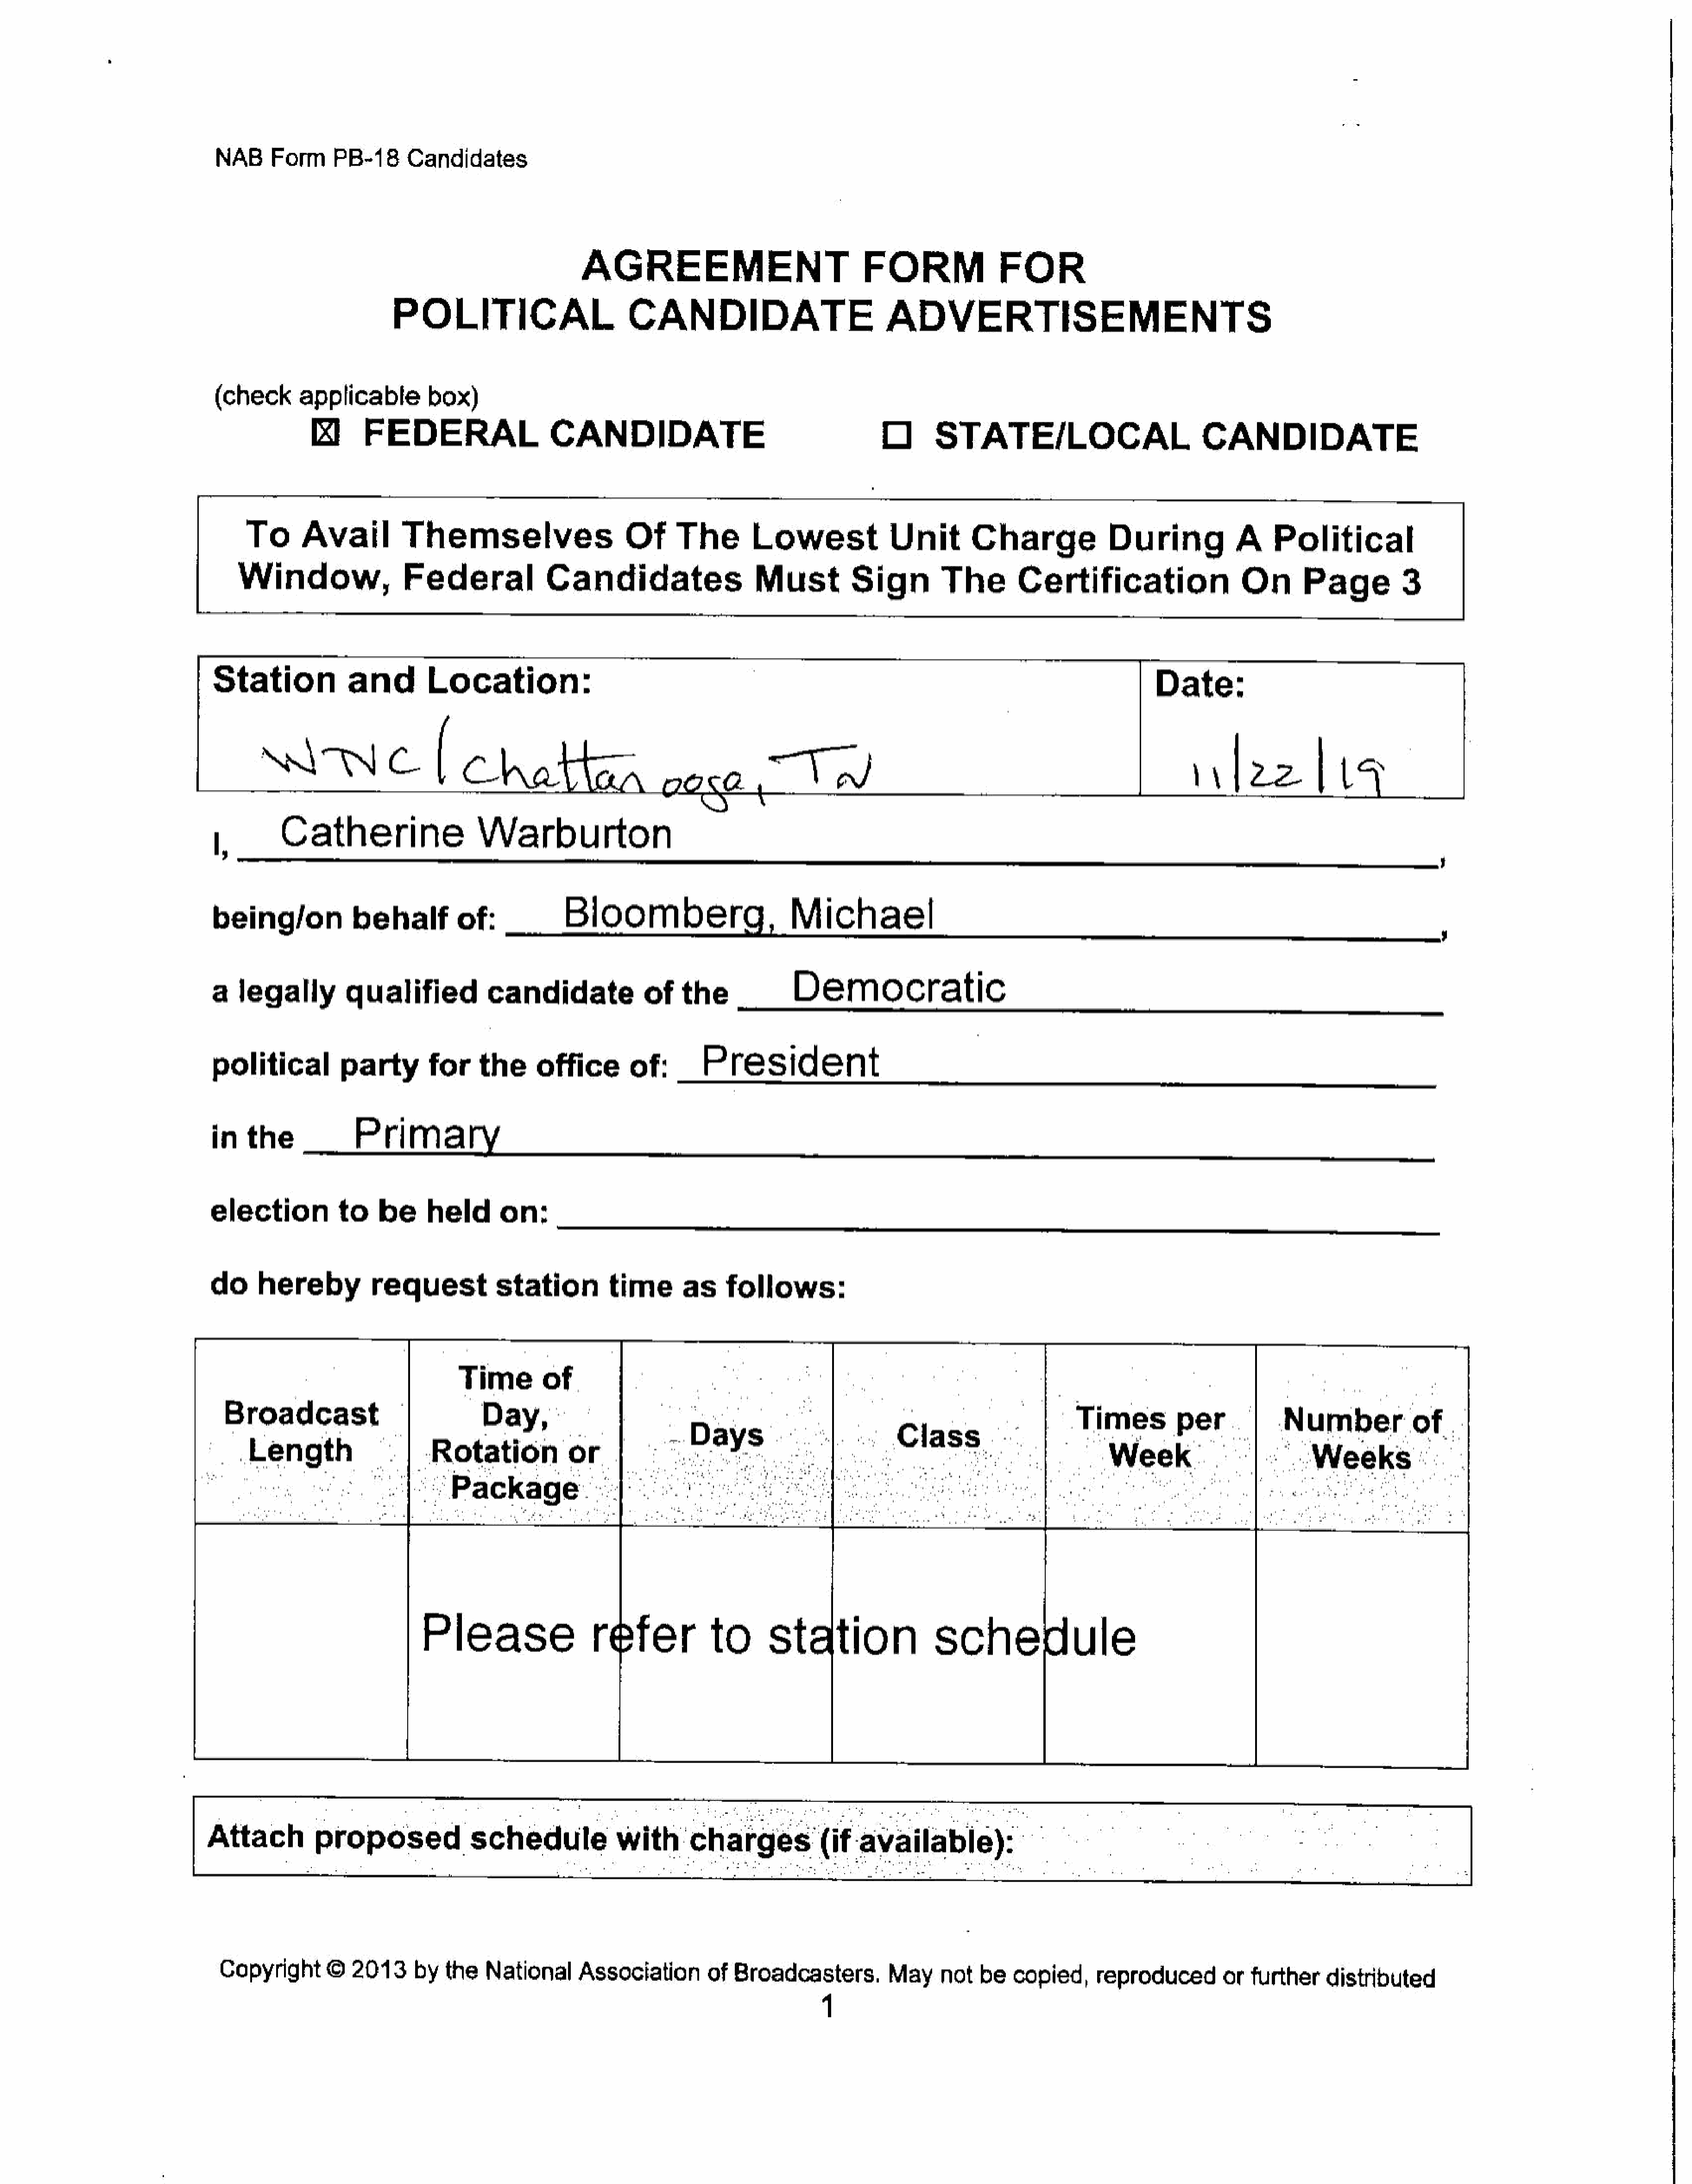
NAB     Form     PB-18     Candidates
 AGREEMENT                                FORM               FOR
 POLITICAL                         CANDIDATE                            ADVERTISEMENTS
 (check      applicable        box)
 FEDERAL                    CANDIDATE                                      O       STATE/LOCAL                           CANDIDATE
 To      Avail         Themselves                       Of     The        Lowest             Unit        Charge              During            A    Political
 Window,Federal                              Candidates                    Must          Sign        The         Certification                  On       Page          3
 Station            and        Location:
 Date:
 |,       Catherine                   Warburton
 ’
 being/on            behalf        of:__           Bloomberg,                      Michael                                                                                      ,
 a   legally         qualified           candidate             of   the             Democratic
 political          party       for     the     office       of:_       President
 inthe                Primary
 election          to    be     held       on:
 do     hereby          requeststation                    time       as    follows:
 Time        of
 Broadcast                            Day,                                          :                             .        .Times        per.            .Number        of
 Length                    Rotation           or             |” Daye                         Claas,                        Week                         Weeks
 :              Package.}                                           |             ;                                                     :
 Please                  refer            to      station                 schedule
 Attach         proposed              schedule             with       charges(if              available):
 Copyright       ©  2013     by   the   National     Association       of  Broadcasters,         May    not   be   copied,     reproduced        orfurtherdistributed
 1